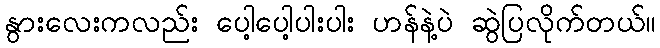
နွားလေးကလည်း ပေါ့ပေါ့ပါးပါး ဟန်နဲ့ပဲ ဆွဲပြလိုက်တယ်။